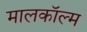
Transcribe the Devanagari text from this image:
मालकॉल्म